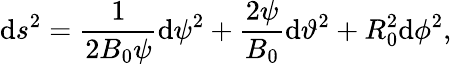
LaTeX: \mathrm{d}s^{2}=\frac{{1}}{{2B_{0}\psi}}\mathrm{d}\psi^{2}+\frac{{2\psi}}{{B_{0}}}\mathrm{d}\vartheta^{2}+R_{0}^{2}\mathrm{d}\phi^{2},